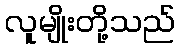
လူမျိုးတို့သည်